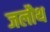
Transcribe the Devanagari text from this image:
जलौथ